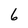
Character: 6